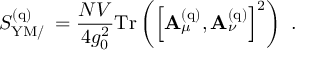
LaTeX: S _ { \mathrm { Y M / \Phi } } ^ { ( \mathrm { q } ) } = { \frac { N V } { 4 g _ { 0 } ^ { 2 } } } \mathrm { T r } \left( \left[ \mathbf { A } _ { \mu } ^ { ( \mathrm { q } ) } , \mathbf { A } _ { \nu } ^ { ( \mathrm { q } ) } \right] ^ { 2 } \right) \ .